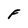
Character: F